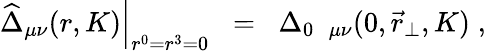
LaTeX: \left.\widehat{\Delta}_{\mu\nu}(r,K)\right|_{r^{0}=r^{3}=0}\; \; =\; \; \Delta_{0\; \; \mu\nu}(0,\vec{r}_{\perp},K)\; ,